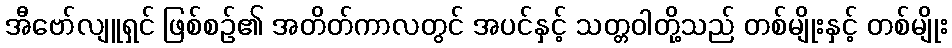
အီဗော်လျူရှင် ဖြစ်စဉ်၏ အတိတ်ကာလတွင် အပင်နှင့် သတ္တဝါတို့သည် တစ်မျိုးနှင့် တစ်မျိုး